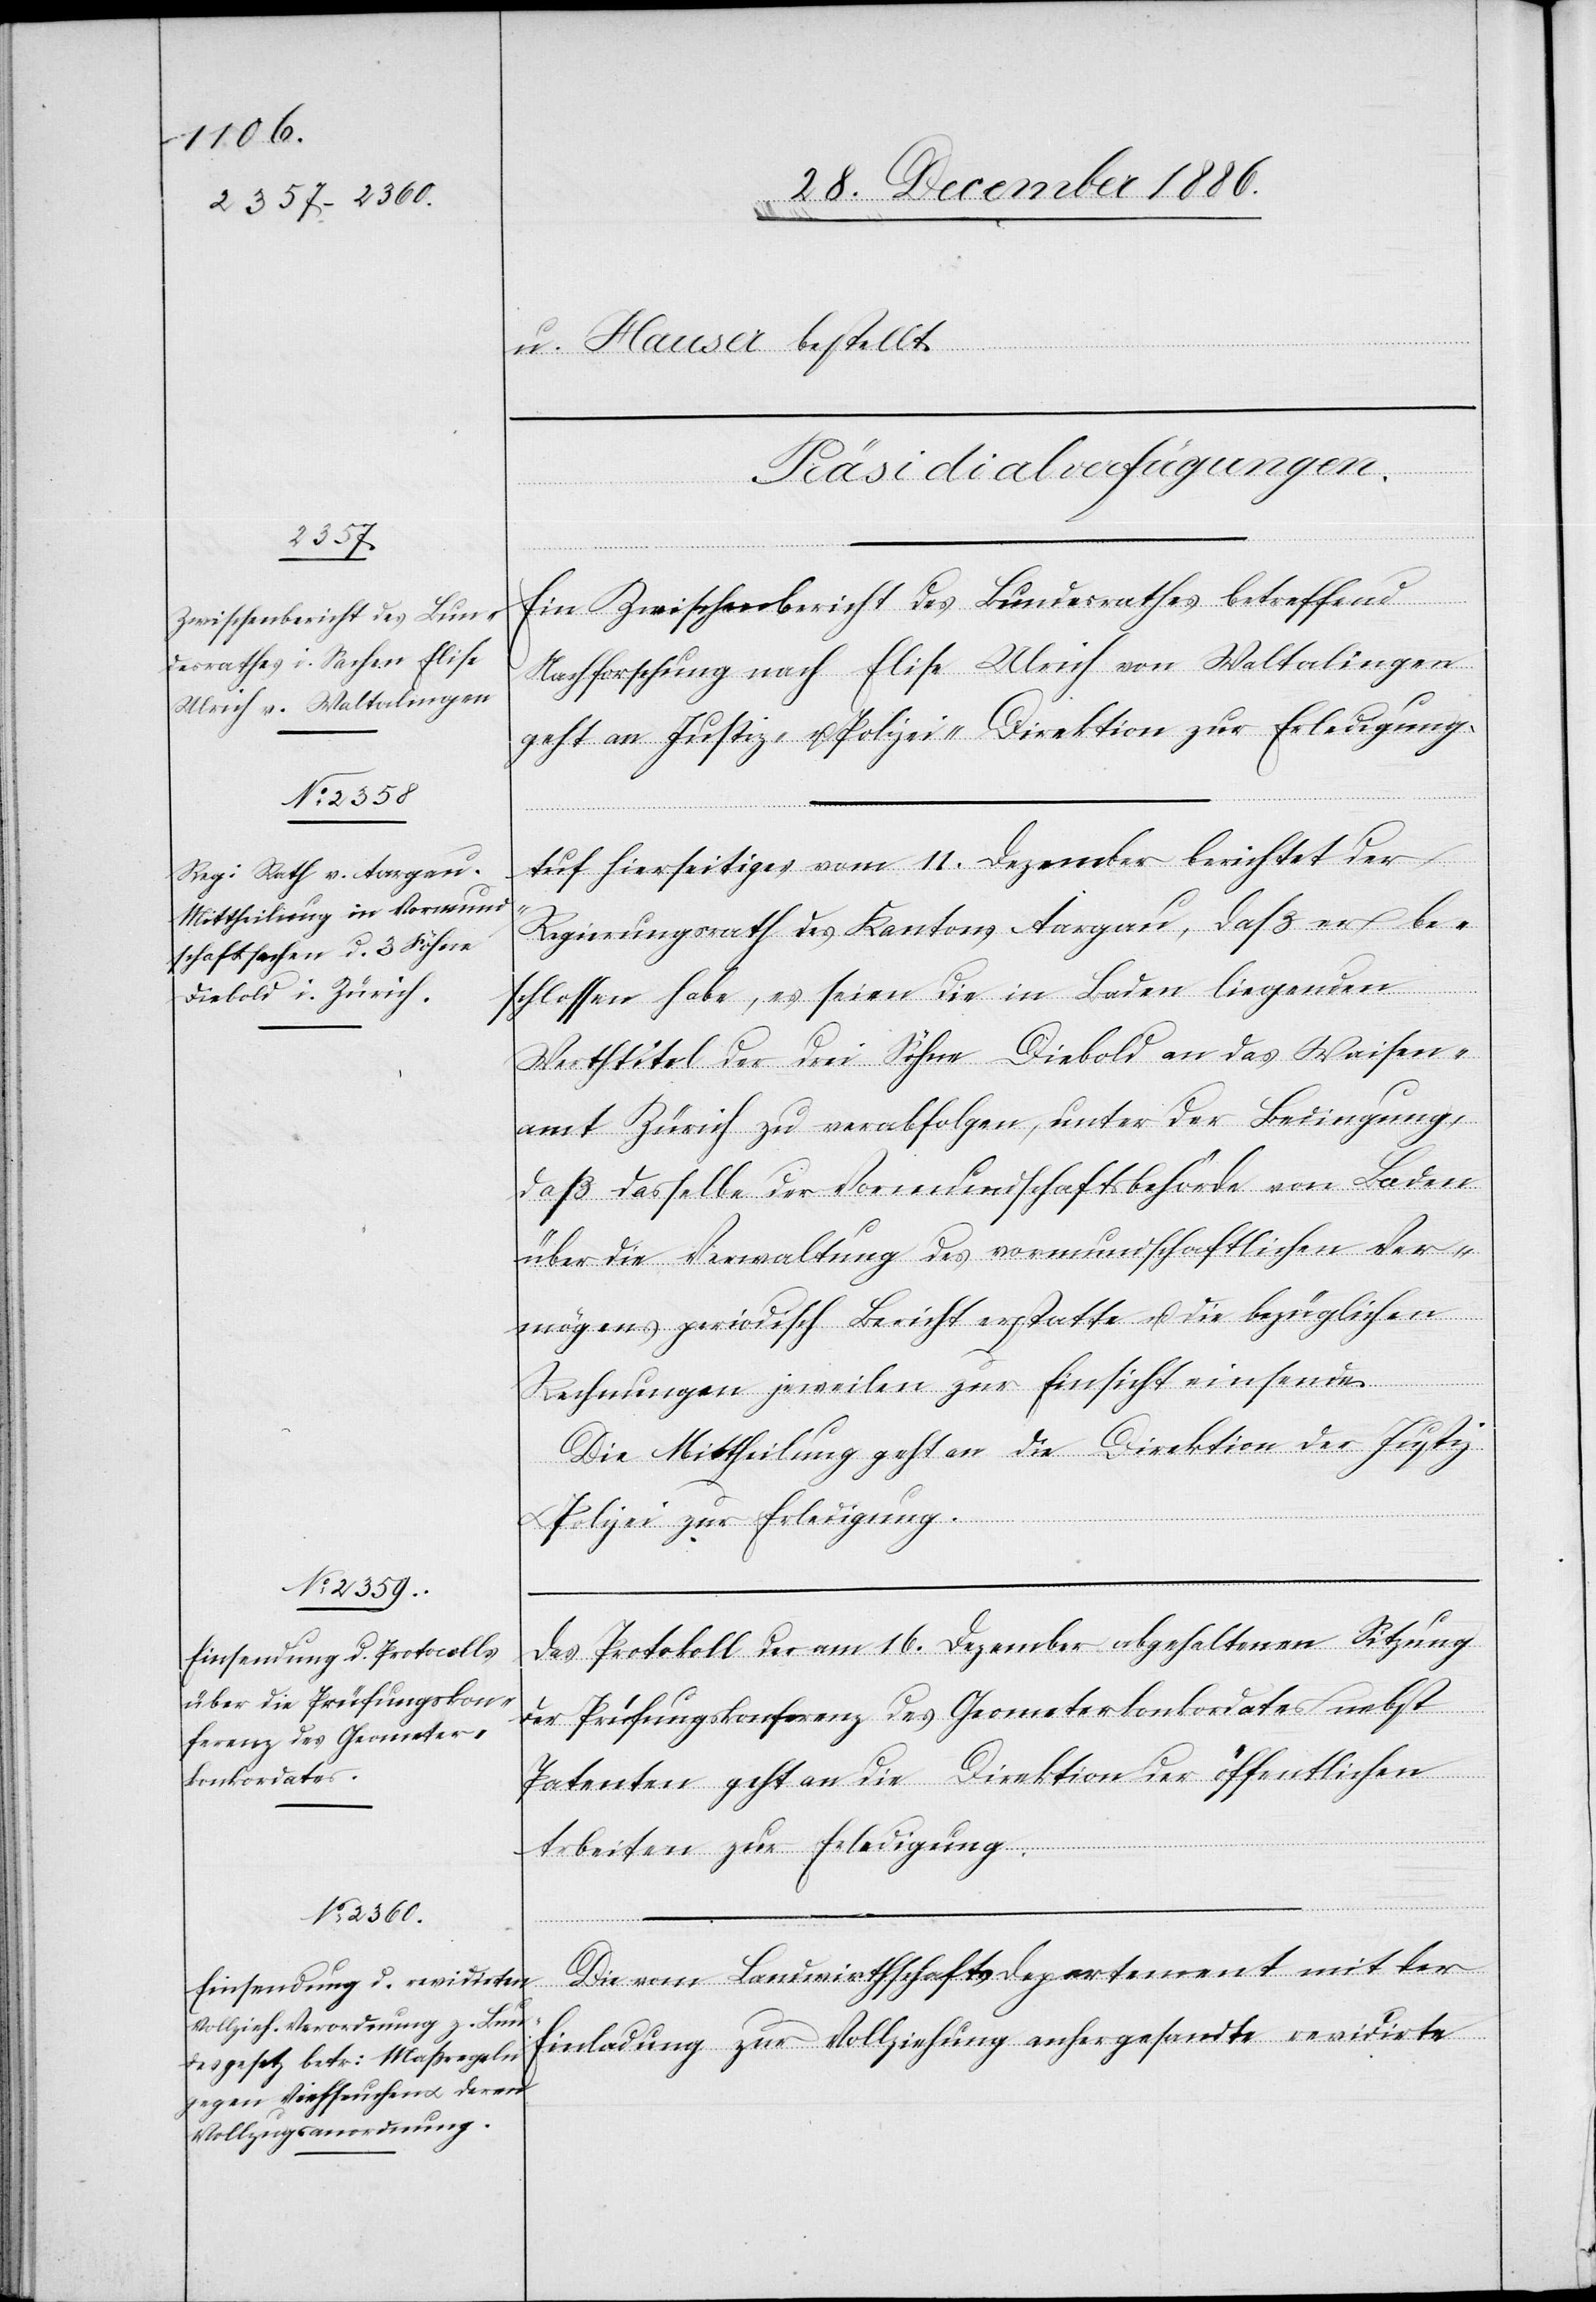
u. Hauser bestellt.
[Präsidialverfügungen.]
Ein Zwischenbericht des Bundesrathes betreffend
Nachforschung nach Elise Ulrich von Waltalingen
geht an Justiz- u. Polizei-Direction zur Erledigung.
Auf Hierseitiges vom 11. Dezember berichtet der
Regierungsrath des Kantons Aargau, daß er be¬
schlossen habe, es seien die in Baden liegenden
Werthtitel der drei Söhne Diebold an das Waisen¬
amt Zürich zu verabfolgen, unter der Bedingung,
daß dasselbe der Vormundschaftsbehörde von Baden
über die Verwaltung des vormundschaftlichen Ver¬
mögens periodisch Bericht erstatte u. die bezüglichen
Rechnungen jeweilen zur Einsicht einsende.
Die Mittheilung geht an die Direktion der Justiz
Polizei zur Erledigung.
Das Protokoll der am 16. Dezember abgehaltenen Sitzung
der Prüfungskonferenz des Geometerkonkordates nebst
Patenten geht an die Direktion der öffentlichen
Arbeiten zur Erledigung.
Die vom Landwirthschaftsdepartement mit der
Einladung zur Vollziehung anhergesandte revidirte